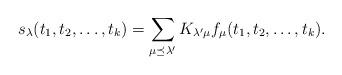
LaTeX: \begin{align*} s_\lambda(t_1,t_2,\dots,t_{k})=\sum_{\mu\preceq\lambda'} K_{\lambda'\mu} f_{\mu}(t_1,t_2,\dots,t_k).\end{align*}